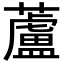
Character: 蘆